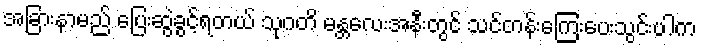
အခြားနာမည် ပြေးဆွဲခွင့်ရတယ် သုဂတိ မန္တလေးအနီးတွင် သင်တန်းကြေးပေးသွင်းပါက